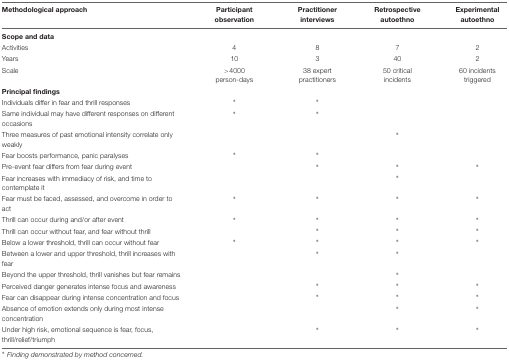
<table><thead><tr><td><b>Methodological approach</b></td><td><b>Participant observation</b></td><td><b>Practitioner interviews</b></td><td><b>Retrospective autoethno</b></td><td><b>Experimental autoethno</b></td></tr></thead><tbody><tr><td><b>Scope and data</b></td><td></td><td></td><td></td><td></td></tr><tr><td>Activities</td><td>4</td><td>8</td><td>7</td><td>2</td></tr><tr><td>Years</td><td>10</td><td>3</td><td>40</td><td>2</td></tr><tr><td>Scale</td><td>&gt;4000 person-days</td><td>38 expert practitioners</td><td>50 critical incidents</td><td>60 incidents triggered</td></tr><tr><td><b>Principal findings</b></td><td></td><td></td><td></td><td></td></tr><tr><td>Individuals differ in fear and thrill responses</td><td>*</td><td>*</td><td></td><td></td></tr><tr><td>Same individual may have different responses on different occasions</td><td>*</td><td>*</td><td></td><td></td></tr><tr><td>Three measures of past emotional intensity correlate only weakly</td><td></td><td></td><td>*</td><td></td></tr><tr><td>Fear boosts performance, panic paralyses</td><td>*</td><td>*</td><td></td><td></td></tr><tr><td>Pre-event fear differs from fear during event</td><td></td><td>*</td><td>*</td><td>*</td></tr><tr><td>Fear increases with immediacy of risk, and time to contemplate it</td><td></td><td></td><td>*</td><td></td></tr><tr><td>Fear must be faced, assessed, and overcome in order to act</td><td>*</td><td>*</td><td>*</td><td>*</td></tr><tr><td>Thrill can occur during and/or after event</td><td>*</td><td>*</td><td>*</td><td>*</td></tr><tr><td>Thrill can occur without fear, and fear without thrill</td><td></td><td>*</td><td>*</td><td>*</td></tr><tr><td>Below a lower threshold, thrill can occur without fear</td><td>*</td><td>*</td><td>*</td><td>*</td></tr><tr><td>Between a lower and upper threshold, thrill increases with fear</td><td></td><td>*</td><td>*</td><td></td></tr><tr><td>Beyond the upper threshold, thrill vanishes but fear remains</td><td></td><td></td><td>*</td><td></td></tr><tr><td>Perceived danger generates intense focus and awareness</td><td></td><td>*</td><td>*</td><td>*</td></tr><tr><td>Fear can disappear during intense concentration and focus</td><td></td><td>*</td><td>*</td><td>*</td></tr><tr><td>Absence of emotion extends only during most intense concentration</td><td></td><td></td><td>*</td><td>*</td></tr><tr><td>Under high risk, emotional sequence is fear, focus, thrill/relief/triumph</td><td></td><td>*</td><td>*</td><td>*</td></tr></tbody></table>